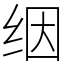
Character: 𬘡